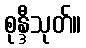
စုန္ဒီသုတ်။